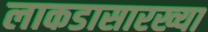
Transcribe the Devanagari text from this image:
लाकडासारख्या